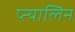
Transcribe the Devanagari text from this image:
प्त्यालिन